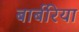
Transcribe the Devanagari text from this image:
बार्बरिया